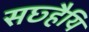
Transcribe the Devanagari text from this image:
सछ्हैयि